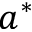
a ^ { * }